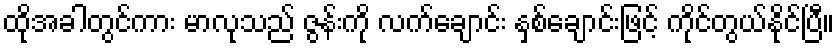
ထိုအခါတွင်ကား မာလုသည် ဇွန်းကို လက်ချောင်း နှစ်ချောင်းဖြင့် ကိုင်တွယ်နိုင်ပြီ။